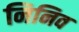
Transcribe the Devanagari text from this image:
निनिव